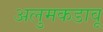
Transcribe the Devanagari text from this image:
अलुमकडावू